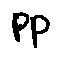
p p